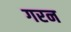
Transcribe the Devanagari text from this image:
गरन